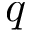
q